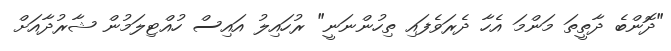
"ދޮންބެ ދާތީތަ މަންމަ އެހާ ދެރަވެފައި ތިހުންނަނީ" ރުހައިލު އައިސް ހުއްޓިލަމުން ޝާރުދާއަށް